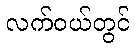
လက်ဝယ်တွင်